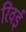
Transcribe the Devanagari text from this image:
रिवई